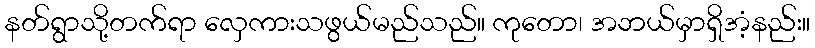
နတ်ရွာသို့တက်ရာ လှေကားသဖွယ်မည်သည်။ ကုတော၊ အဘယ်မှာရှိအံ့နည်း။